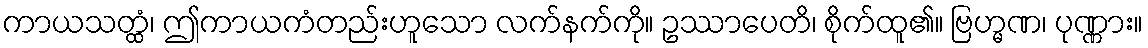
ကာယသတ္ထံ၊ ဤကာယကံတည်းဟူသော လက်နက်ကို။ ဥဿာပေတိ၊ စိုက်ထူ၏။ ဗြဟ္မဏ၊ ပုဏ္ဏား။